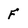
Character: F